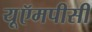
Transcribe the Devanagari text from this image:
यूऍमपीसी